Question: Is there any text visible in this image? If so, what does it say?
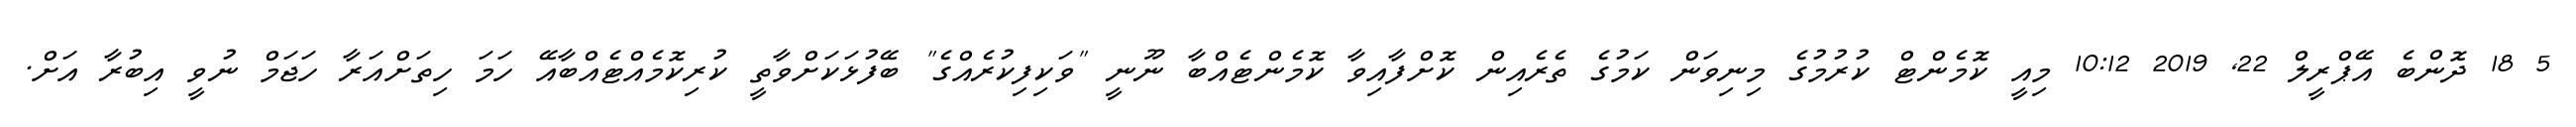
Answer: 5 18 ދޮންބެ އޭޕްރީލް 22, 2019 10:12 މިއީ ކޮމެންޓް ކުރުމުގެ މިނިވަން ކަމުގެ ތެރެއިން ކޮށްފާއިވާ ކޮމެންޓެއްބާ ނޫނީ "ވަކިފިކުރެއްގެ" ބޭފުޅަކަށްވާތީ ކުރިކޮމެއްޓެއްބާއޭ ހަމަ ހިތަށްއަރާ ހަޖަމް ނުވީ އިބުރާ އަށް.